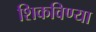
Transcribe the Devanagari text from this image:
शिकविण्या